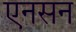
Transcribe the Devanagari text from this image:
एनसन